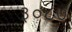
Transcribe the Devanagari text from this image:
३०८७